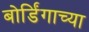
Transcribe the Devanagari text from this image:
बोर्डिंगाच्या